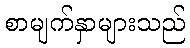
စာမျက်နှာများသည်